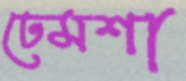
ঢেমশা